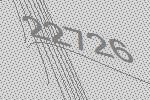
22726